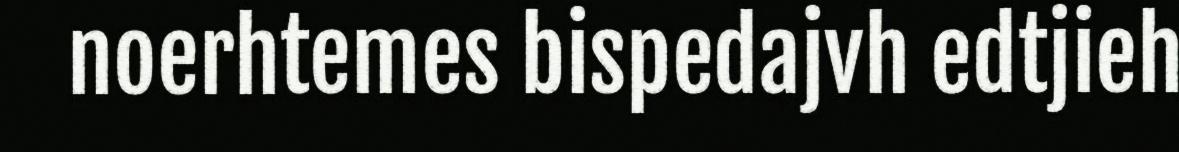
noerhtemes bispedajvh edtjieh